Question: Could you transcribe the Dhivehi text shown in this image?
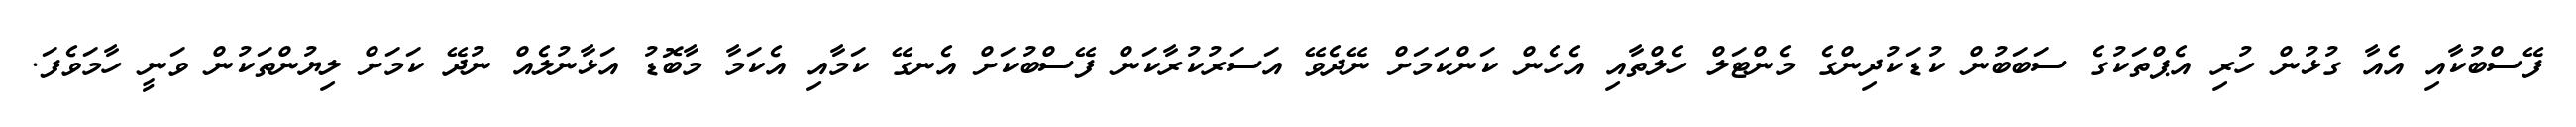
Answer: ފޭސްބުކާއި އެއާ ގުޅުން ހުރި އެޕްތަކުގެ ސަބަބުން ކުޑަކުދިންގެ މެންޓަލް ހެލްތާއި އެހެން ކަންކަމަށް ނޭދެވޭ އަސަރުކުރާކަން ފޭސްބުކަށް އެނގޭ ކަމާއި އެކަމާ މާބޮޑު އަޅާނުލެއް ނުދޭ ކަމަށް ލިޔުންތަކުން ވަނީ ހާމަވެފަ.